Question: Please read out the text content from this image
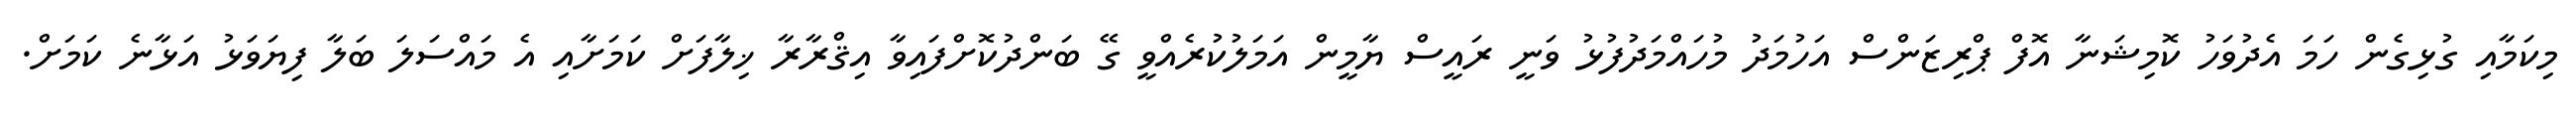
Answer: މިކަމާއި ގުޅިގެން ހަމަ އެދުވަހު ކޮމިޝަނާ އޮފް ޕްރިޒަންސް އަހުމަދު މުހައްމަދުފުޅު ވަނީ ރައީސް ޔާމީން އަމަލުކުރެއްވީ ގޭ ބަންދުކޮށްފައިވާ އިޤްރާރާ ޚިލާފަށް ކަމަށާއި އެ މައްސަލަ ބަލާ ފިޔަވަޅު އަޅާނެ ކަމަށް.